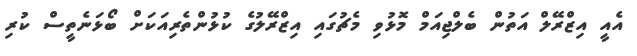
އެއީ އިޒްރޭލް އަތުން ބެލްޖިއަމް މޮޅުވި މެޗުގައި އިޒްރޭލުގެ ކުޅުންތެރިއަކަށް ބޯޅަނެތީސް ކުރި